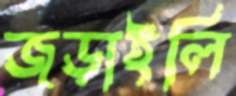
জড়াইলি